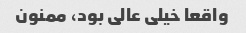
واقعا خیلی عالی بود، ممنون